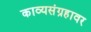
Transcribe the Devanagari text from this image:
काव्यसंग्रहावर